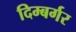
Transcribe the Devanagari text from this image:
दिम्बर्गर